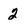
Character: 2